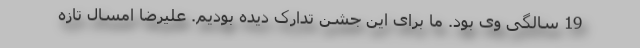
19 سالگی وی بود. ما برای این جشن تدارک دیده بودیم. علیرضا امسال تازه